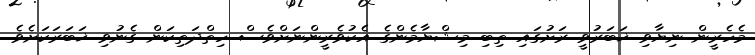
މެހެރީން ނިޔާވި ޚަބަރުވީ ރަށުގައި ތިބި މިޝްޔާމެންގެ އެކުވެރީންނަށްވެސް ހިތްދަތިކަން ގެނުވި ޚަބަރަކަށެވެ.